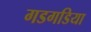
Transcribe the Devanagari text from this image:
गडगडिया